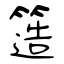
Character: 簉